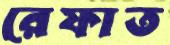
রেফাত